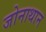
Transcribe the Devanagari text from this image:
जोनाथान